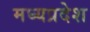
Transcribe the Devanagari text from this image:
मघ्‍यप्रदेश